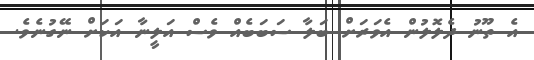
އެ ތޫނު ދެލޮލުން އެވަރަށް ބަލާ ސަބަބެއް ވެސް އަލީނާ އަކަށް ނޭގުނެވެ.